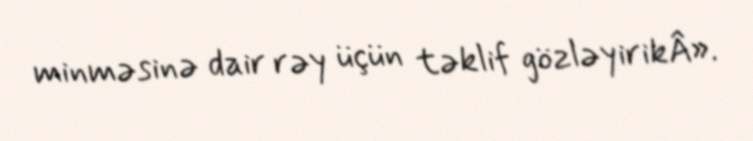
minməsinə dair rəy üçün təklif gözləyirikÂ».